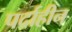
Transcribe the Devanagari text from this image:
पर्दाहीन